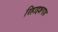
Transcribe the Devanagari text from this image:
रिहाइशगाह